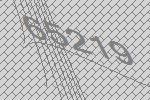
65219